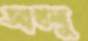
আখলু